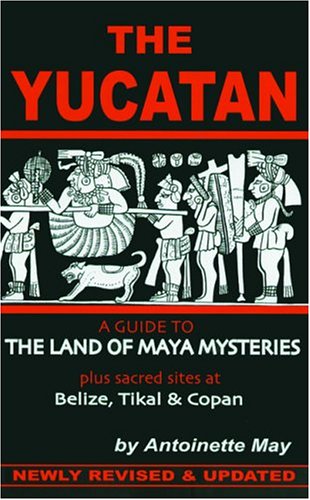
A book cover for The Yucatan: A Guide to the Land of Maya Mysteries Plus Sacred Sites at Belize, Tikal, and Copan (Tetra); Antoinette May; Travel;